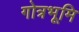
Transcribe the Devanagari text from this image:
गोत्रभूमि